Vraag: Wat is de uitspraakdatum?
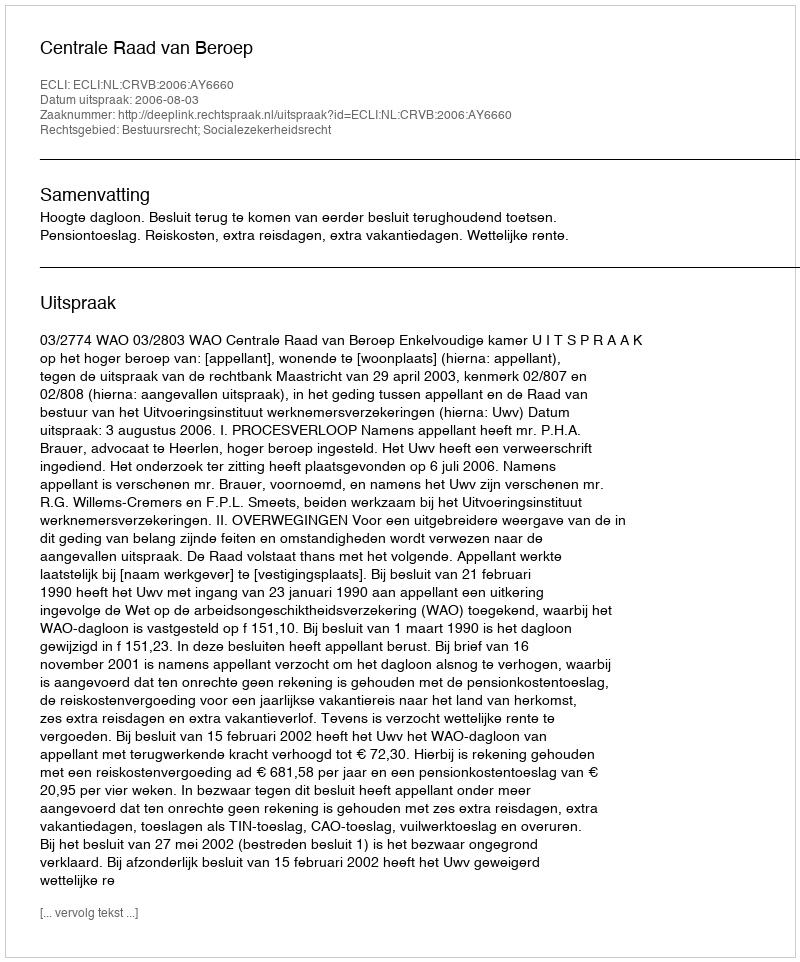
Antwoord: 2006-08-03